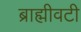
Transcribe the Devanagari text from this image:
ब्राह्मीवटी